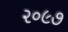
૨૦૯૭